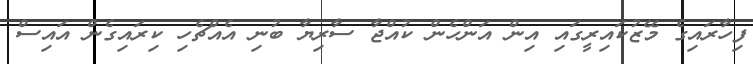
ފިހާރައިގެ މޭޒުކައިރީގައި އިން އަންހެން ކުއްޖާ ސާރިޔާ ބުނި އެއްޗެހި ކިރައިގެން އައިސް